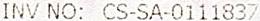
INV NO: CS-SA-0111837